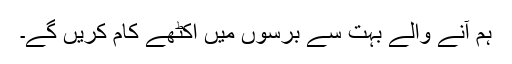
ہم آنے والے بہت سے برسوں میں اکٹھے کام کریں گے۔